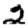
Digit: 2